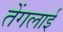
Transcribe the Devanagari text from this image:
तेंगलाई